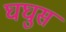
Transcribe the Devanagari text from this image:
घघुस